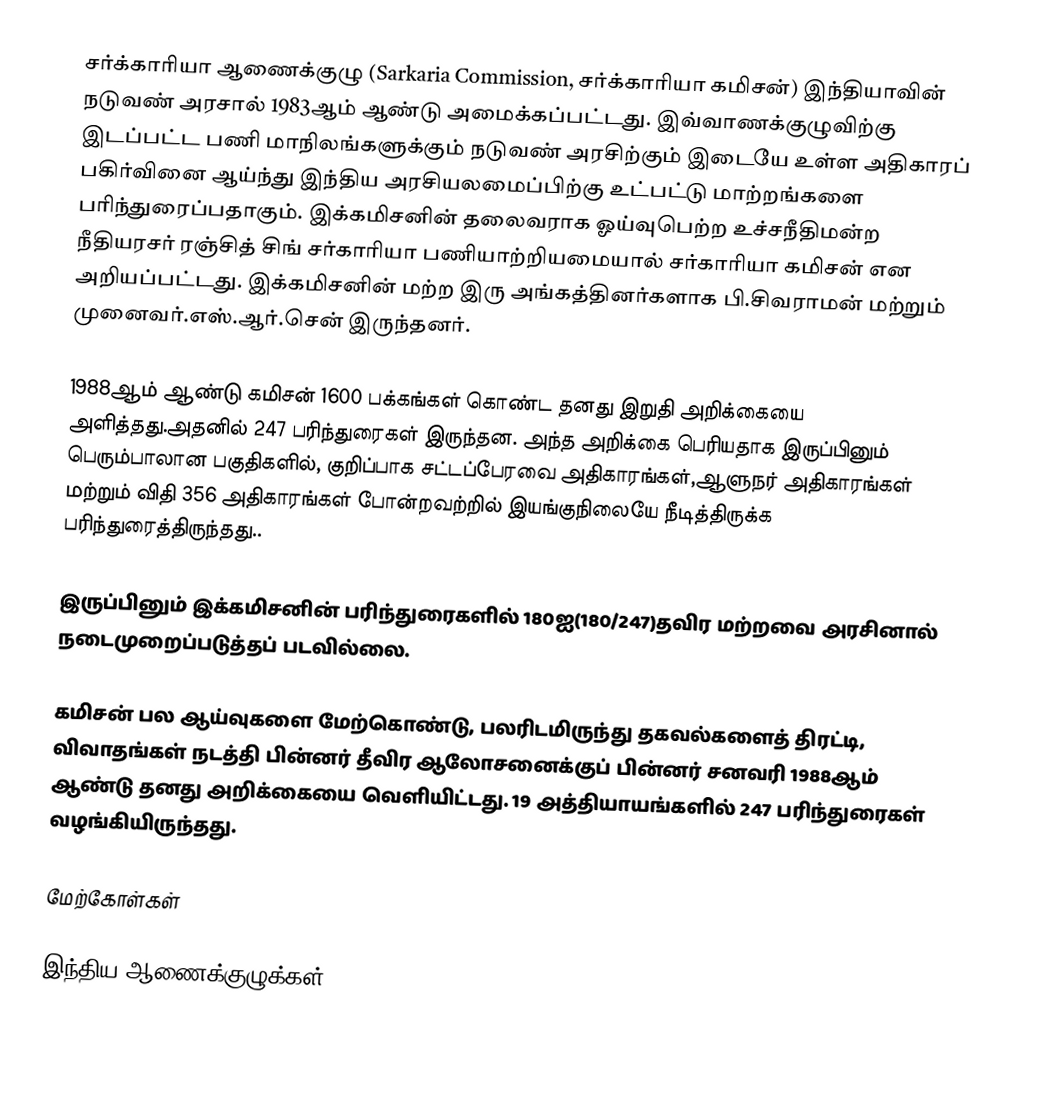
சர்க்காரியா ஆணைக்குழு (Sarkaria Commission, சர்க்காரியா கமிசன்) இந்தியாவின் நடுவண் அரசால் 1983ஆம் ஆண்டு அமைக்கப்பட்டது. இவ்வாணக்குழுவிற்கு இடப்பட்ட பணி மாநிலங்களுக்கும் நடுவண் அரசிற்கும் இடையே உள்ள அதிகாரப் பகிர்வினை ஆய்ந்து இந்திய அரசியலமைப்பிற்கு உட்பட்டு மாற்றங்களை பரிந்துரைப்பதாகும். இக்கமிசனின் தலைவராக ஓய்வுபெற்ற உச்சநீதிமன்ற நீதியரசர் ரஞ்சித் சிங் சர்காரியா பணியாற்றியமையால் சர்காரியா கமிசன் என அறியப்பட்டது. இக்கமிசனின் மற்ற இரு அங்கத்தினர்களாக பி.சிவராமன் மற்றும் முனைவர்.எஸ்.ஆர்.சென் இருந்தனர்.

1988ஆம் ஆண்டு கமிசன் 1600 பக்கங்கள் கொண்ட தனது இறுதி அறிக்கையை அளித்தது.அதனில் 247 பரிந்துரைகள் இருந்தன. அந்த அறிக்கை பெரியதாக இருப்பினும் பெரும்பாலான பகுதிகளில், குறிப்பாக சட்டப்பேரவை அதிகாரங்கள்,ஆளுநர் அதிகாரங்கள் மற்றும் விதி 356 அதிகாரங்கள் போன்றவற்றில் இயங்குநிலையே நீடித்திருக்க பரிந்துரைத்திருந்தது..

இருப்பினும் இக்கமிசனின் பரிந்துரைகளில் 180ஐ(180/247)தவிர மற்றவை அரசினால் நடைமுறைப்படுத்தப் படவில்லை.

கமிசன் பல ஆய்வுகளை மேற்கொண்டு, பலரிடமிருந்து தகவல்களைத் திரட்டி, விவாதங்கள் நடத்தி பின்னர் தீவிர ஆலோசனைக்குப் பின்னர் சனவரி 1988ஆம் ஆண்டு தனது அறிக்கையை வெளியிட்டது. 19 அத்தியாயங்களில் 247 பரிந்துரைகள் வழங்கியிருந்தது.

மேற்கோள்கள்

இந்திய ஆணைக்குழுக்கள்